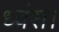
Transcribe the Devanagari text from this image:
ध्वंस।